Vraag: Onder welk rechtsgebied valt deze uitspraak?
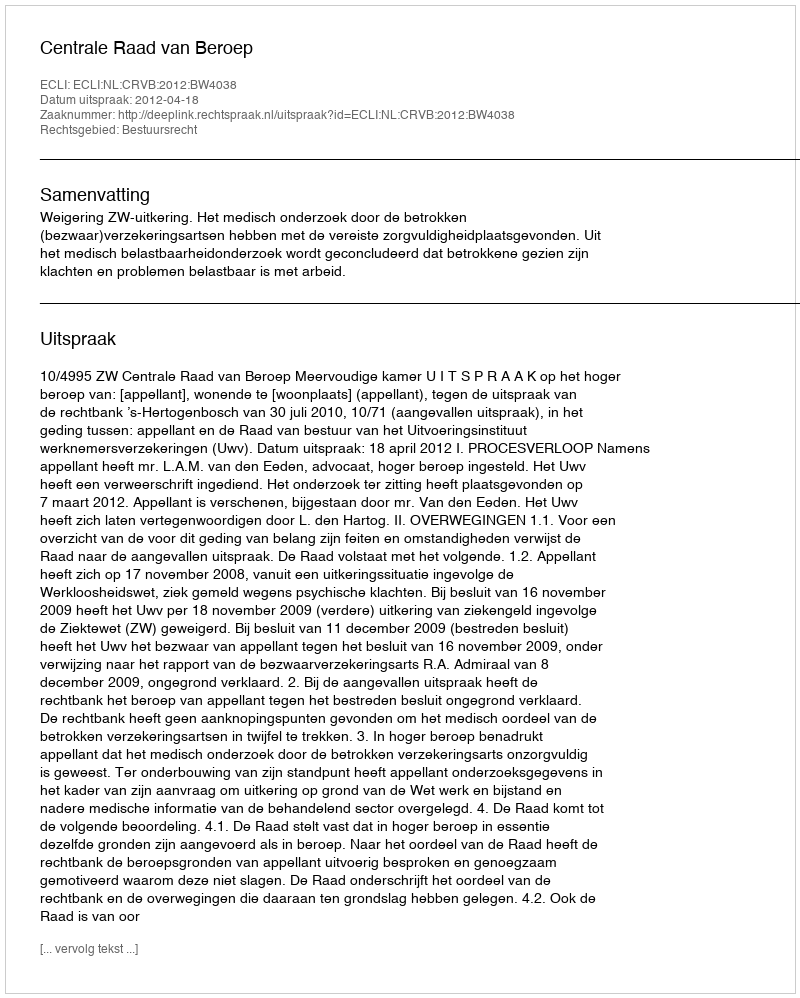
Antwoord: Bestuursrecht